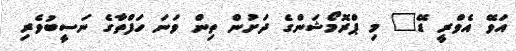
އަވޭ އެވްރީ ޑޭ" މި ޕްރޮމޯޝަންގެ ދަށުން ތިން ވަނަ ހަފްތާގެ ނަސީބުވެރި